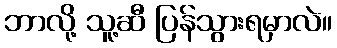
ဘာလို့ သူ့ဆီ ပြန်သွားရမှာလဲ။